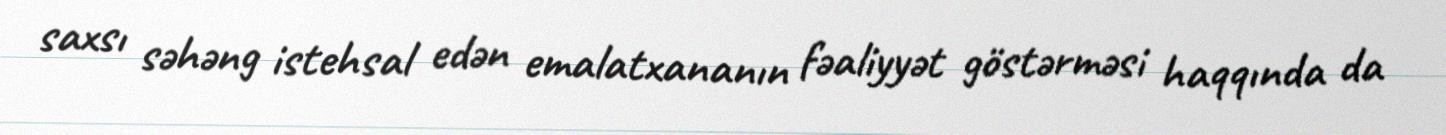
saxsı səhəng istehsal edən emalatxananın fəaliyyət göstərməsi haqqında da